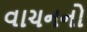
વાચનનો